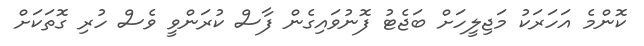
ކޮންމެ އަހަރަކު މަޖިލީހަށް ބަޖެޓު ފޮނުވައިގެން ފާސް ކުރަންވީ ވެސް ހުރި ގޮތަކަށް